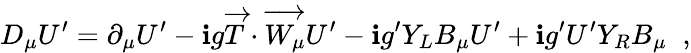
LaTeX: D_{\mu}U^{\prime}=\partial_{\mu}U^{\prime}-\mathbf{i}g\overrightarrow{{T}}\cdot\overrightarrow{{W_{\mu}}}U^{\prime}-\mathbf{i}g^{\prime}Y_{L}B_{\mu}U^{\prime}+\mathbf{i}g^{\prime}U^{\prime}Y_{R}B_{\mu}\; \; ,